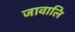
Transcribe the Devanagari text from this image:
जावालि